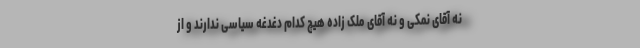
نه آقای نمکی و نه آقای ملک زاده هیچ کدام دغدغه سیاسی ندارند و از